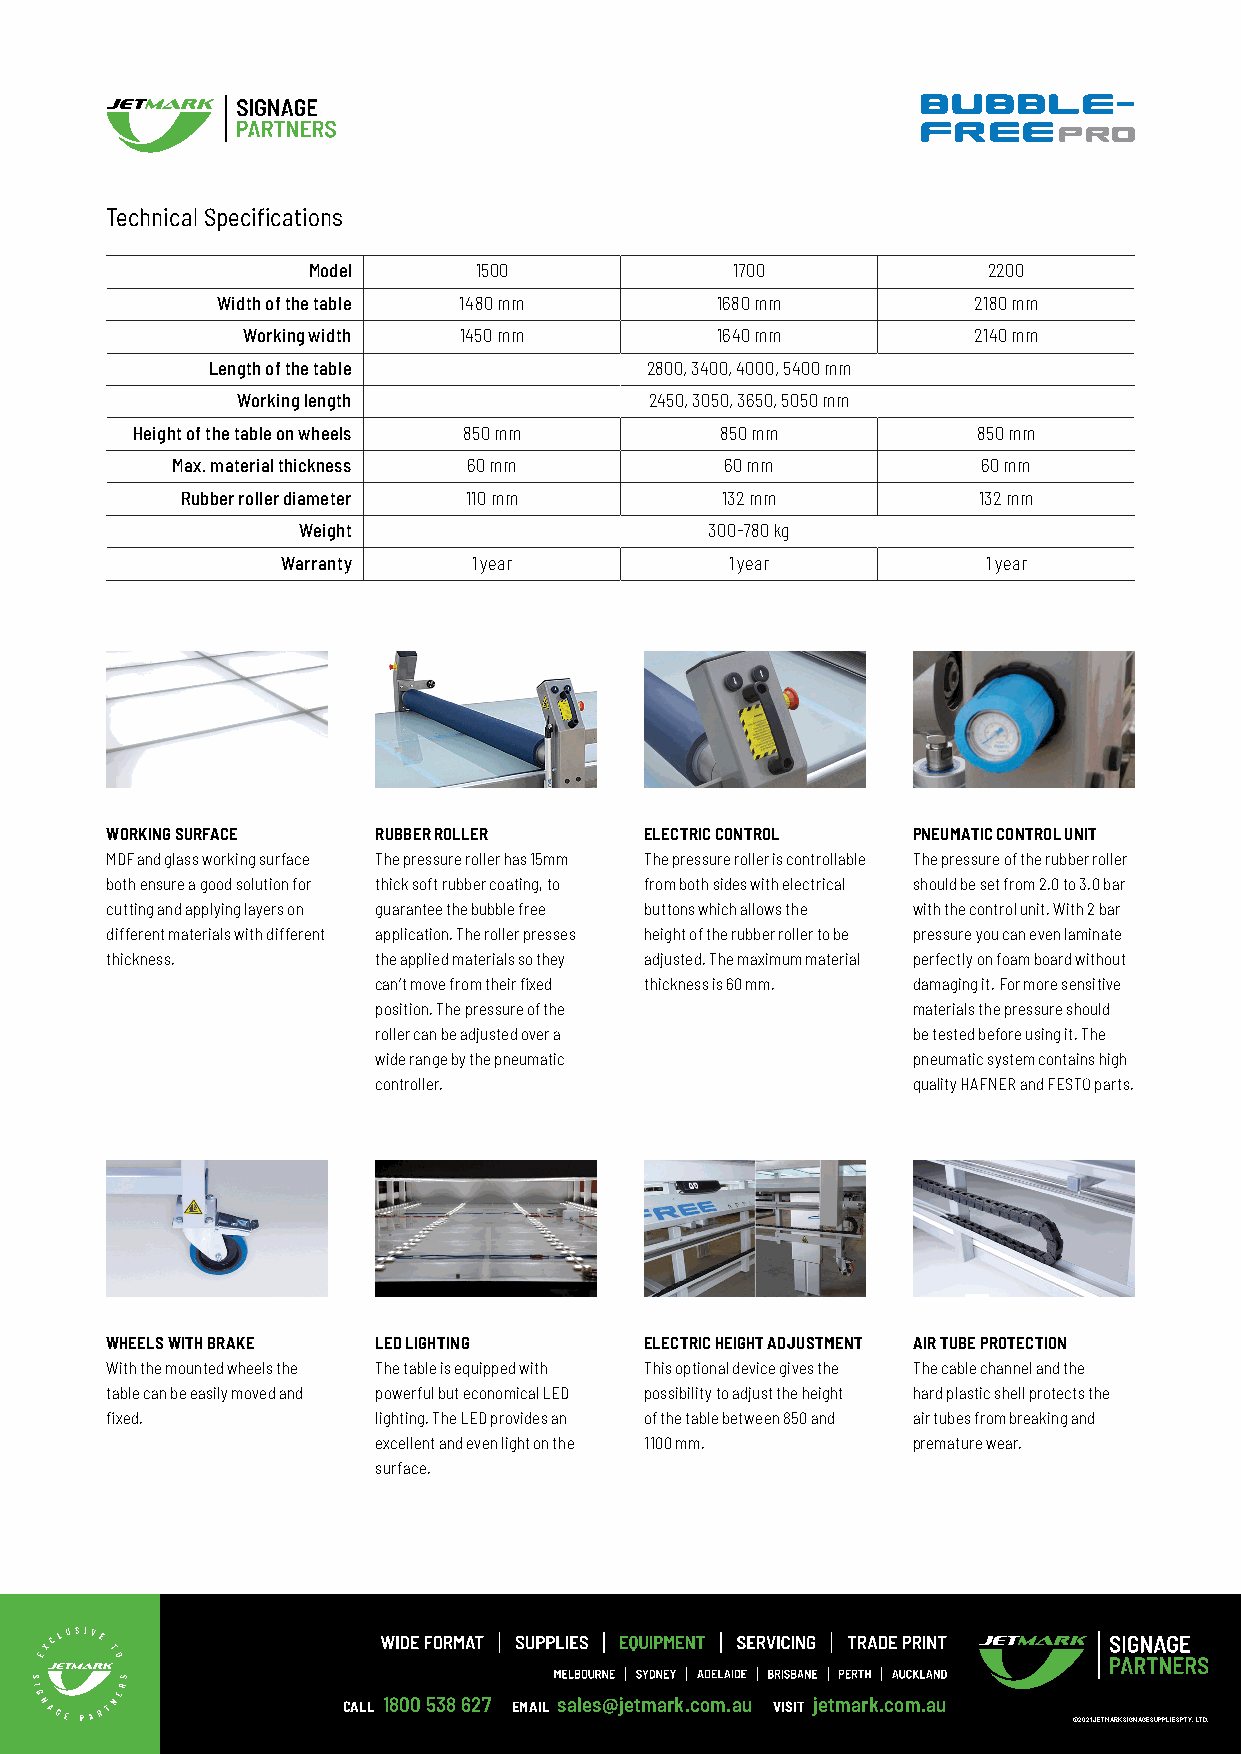
Technical Specifications
 Model      1500              1700            2200
 Width of the table 1480 mm       1680 mm          2180 mm
 Working width 1450 mm          1640 mm          2140 mm
 Length of the table          2800, 3400, 4000, 5400 mm
 Working length             2450, 3050, 3650, 5050 mm
 Height of the table on wheels 850 mm   850 mm           850 mm
 Max. material thickness 60 mm        60 mm            60 mm
 Rubber roller diameter 110 mm       132 mm           132 mm
 Weight                     300-780 kg
 Warranty    1 year           1 year           1 year
 WORKING SURFACE   RUBBER ROLLER     ELECTRIC CONTROL PNEUMATIC CONTROL UNIT
 MDF and glass working surface The pressure roller has 15mm The pressure roller is controllable The pressure of the rubber roller
 both ensure a good solution for thick soft rubber coating, to from both sides with electrical should be set from 2.0 to 3.0 bar
 cutting and applying layers on guarantee the bubble free buttons which allows the with the control unit. With 2 bar
 different materials with different application. The roller presses height of the rubber roller to be pressure you can even laminate
 thickness.        the applied materials so they adjusted. The maximum material perfectly on foam board without
 can’t move from their fixed thickness is 60 mm. damaging it. For more sensitive
 position. The pressure of the      materials the pressure should
 roller can be adjusted over a      be tested before using it. The
 wide range by the pneumatic        pneumatic system contains high
 controller.                        quality HAFNER and FESTO parts.
 WHEELS WITH BRAKE LED LIGHTING      ELECTRIC HEIGHT ADJUSTMENT AIR TUBE PROTECTION
 With the mounted wheels the The table is equipped with This optional device gives the The cable channel and the
 table can be easily moved and powerful but economical LED possibility to adjust the height hard plastic shell protects the
 fixed.            lighting. The LED provides an of the table between 850 and air tubes from breaking and
 excellent and even light on the 1100 mm. premature wear.
 surface.
 CALL 1800 538 627 EMAIL sales@jetmark.com.au VISIT jetmark.com.au
 © 2021 JETMARK SIGNAGE SUPPLIES PTY. LTD.